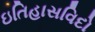
ઇતિહાસવિદો